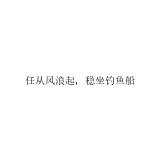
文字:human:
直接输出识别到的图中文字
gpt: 任从风浪起，稳坐钓鱼船